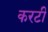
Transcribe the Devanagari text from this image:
करटी